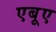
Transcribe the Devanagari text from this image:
एबूए